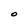
Character: O